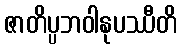
ဇာတိပ္ပဘဝါနုပဿီတိ